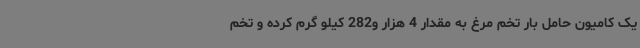
یک کامیون حامل بار تخم مرغ به مقدار 4 هزار و282 کیلو گرم کرده و تخم